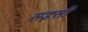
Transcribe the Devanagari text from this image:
सइसी